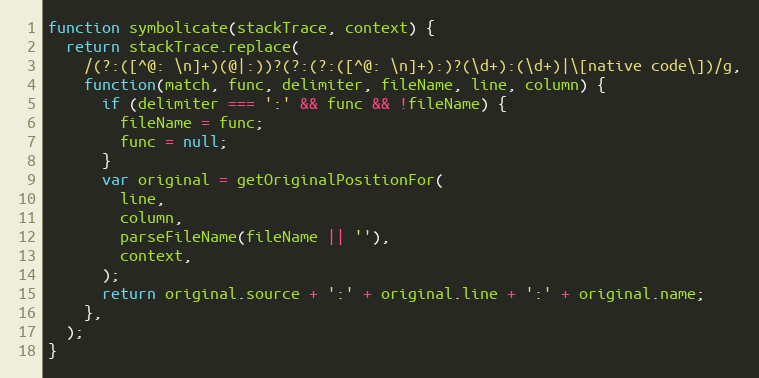
Language: JavaScript
function symbolicate(stackTrace, context) {
  return stackTrace.replace(
    /(?:([^@: \n]+)(@|:))?(?:(?:([^@: \n]+):)?(\d+):(\d+)|\[native code\])/g,
    function(match, func, delimiter, fileName, line, column) {
      if (delimiter === ':' && func && !fileName) {
        fileName = func;
        func = null;
      }
      var original = getOriginalPositionFor(
        line,
        column,
        parseFileName(fileName || ''),
        context,
      );
      return original.source + ':' + original.line + ':' + original.name;
    },
  );
}